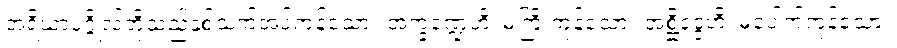
အရိယာပုဂ္ဂိုလ်တို့သည်နှစ်သက်အပ်ကုန်သော။ အက္ခဏ္ဍေဟိ၊ မကြိုးကုန်သော။ အစ္ဆိဒ္ဒေဟိ၊ မပေါက်ကုန်သော။